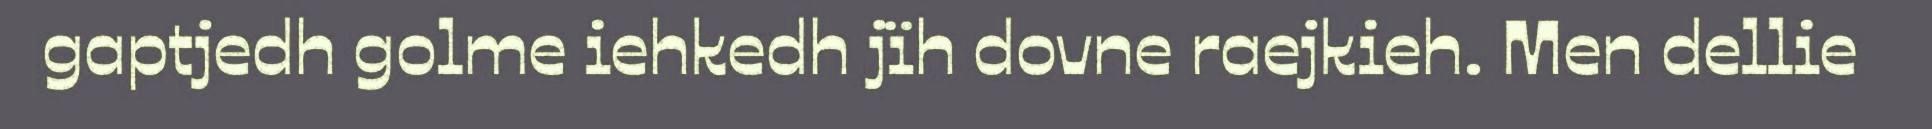
gaptjedh golme iehkedh jïh dovne raejkieh. Men dellie